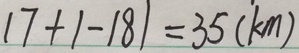
1 7 + 1 - 1 8 1 = 3 5 ( k m )